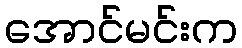
အောင်မင်းက